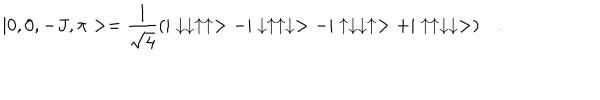
| 0 , 0 , - J , \pi > = \frac { 1 } { \sqrt { 4 } } ( | \downarrow \downarrow \uparrow \uparrow > - | \downarrow \uparrow \uparrow \downarrow > - | \uparrow \downarrow \downarrow \uparrow > + | \uparrow \uparrow \downarrow \downarrow > ) \quad .